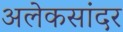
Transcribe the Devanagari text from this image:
अलेकसांदर